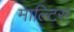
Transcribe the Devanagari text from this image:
माल्टिस